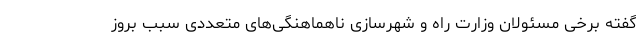
گفته برخی مسئولان وزارت راه و شهرسازی ناهماهنگی‌های متعددی سبب بروز